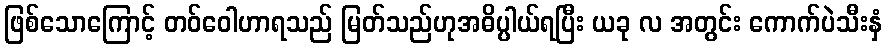
ဖြစ်သောကြောင့် တဝ်ဝေါဟာရသည် မြတ်သည်ဟုအဓိပ္ပါယ်ရပြီး ယခု လ အတွင်း ကောက်ပဲသီးနှံ